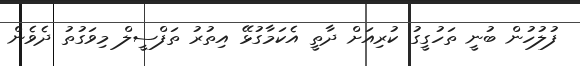
ފުލުހުން ބުނީ ތަހުގީގު ކުރިއަށް ދާތީ އެކަމާގުޅޭ އިތުރު ތަފްސީލް މިވަގުތު ދެވެން